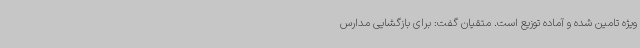
ویژه تامین شده و آماده توزیع است. متقیان گفت: برای بازگشایی مدارس